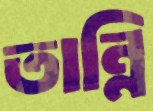
তান্নি